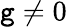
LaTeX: \mathtt{g}\neq0